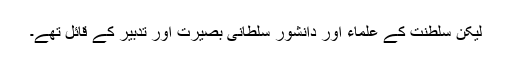
لیکن سلطنت کے علماء اور دانشور سلطانی بصیرت اور تدبیر کے قائل تھے۔